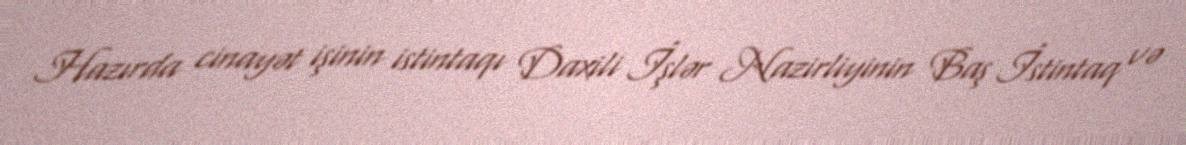
Hazırda cinayət işinin istintaqı Daxili İşlər Nazirliyinin Baş İstintaq və